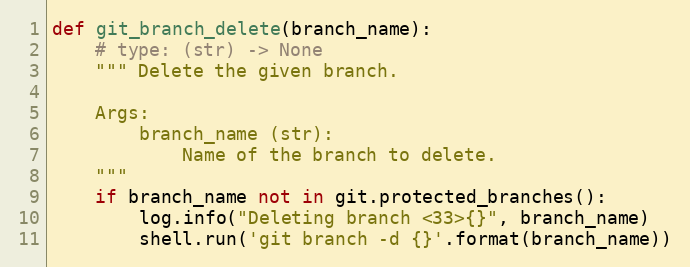
Language: Python
def git_branch_delete(branch_name):
    # type: (str) -> None
    """ Delete the given branch.

    Args:
        branch_name (str):
            Name of the branch to delete.
    """
    if branch_name not in git.protected_branches():
        log.info("Deleting branch <33>{}", branch_name)
        shell.run('git branch -d {}'.format(branch_name))